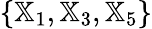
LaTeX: \{ {\mathbb X}_{1},{\mathbb X}_{3},{\mathbb X}_{5}\}